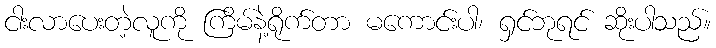
ငါးလာပေးတဲ့လူကို ကြိမ်နဲ့ရိုက်တာ မကောင်းပါ၊ ရှင်ဘုရင် ဆိုးပါသည်။